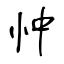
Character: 忡